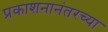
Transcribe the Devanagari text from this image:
प्रकाशनानंतरच्या